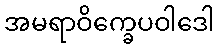
အမရာဝိက္ခေပဝါဒေါ